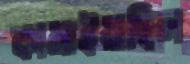
কামাইয়াছিল